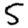
Digit: 5